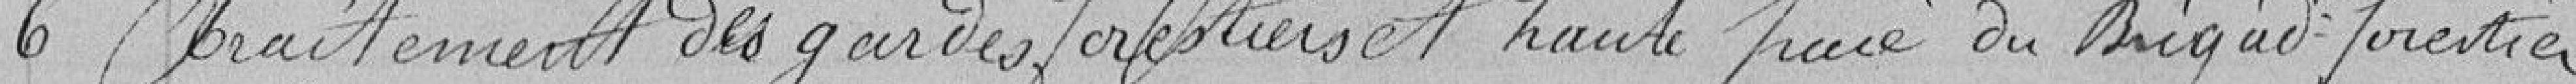
6 - traitement des gardes forestiers et haute paie du brigadier forestier